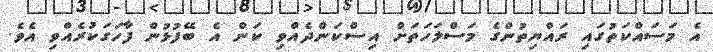
އެ މަސައްކަތުގައި ރައްޔިތުންގެ މަސްލަހަތަށް އިސްކަންދެއްވި ކަން އެ ބޭފުޅުން ފާހަގަކުރެއްވި އެވެ.